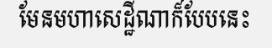
មែនមហាសេដ្ឋីណាក៏បែបនេះ